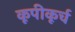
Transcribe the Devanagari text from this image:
कूपीकूर्च